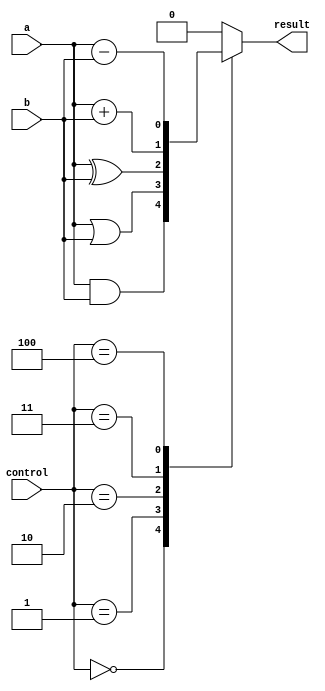
module alu_1bit (
    input wire a,
    input wire b,
    input wire [2:0] control,
    output reg result
);

reg and_result, or_result, xor_result;

assign and_result = a & b;
assign or_result = a | b;
assign xor_result = a ^ b;

always @(*) begin
    case(control)
        3'b000: result = and_result; // AND operation
        3'b001: result = or_result; // OR operation
        3'b010: result = xor_result; // XOR operation
        3'b011: result = a + b; // Addition operation
        3'b100: result = a - b; // Subtraction operation
        default: result = 1'b0;
    endcase
end

endmodule